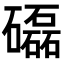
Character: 𥗐